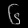
Digit: ၆